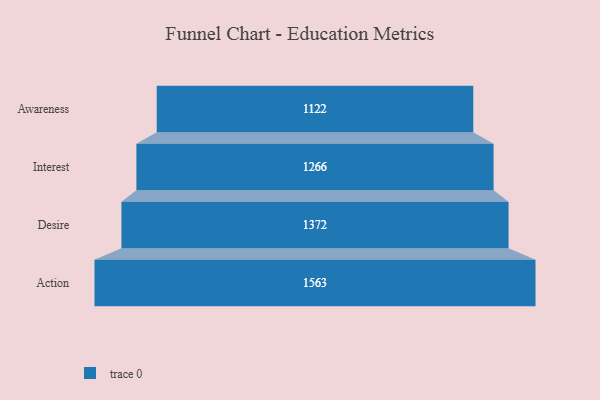
{"axis": {"x": "Stage", "y": "Value"}, "legend": [""], "data": [{"x": "Awareness", "y": 1122.0, "type": ""}, {"x": "Interest", "y": 1266.0, "type": ""}, {"x": "Desire", "y": 1372.0, "type": ""}, {"x": "Action", "y": 1563.0, "type": ""}]}